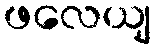
ဖလေယျ